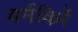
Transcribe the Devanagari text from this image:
वर्मकिर्रे